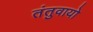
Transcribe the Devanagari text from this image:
तंतुवायो